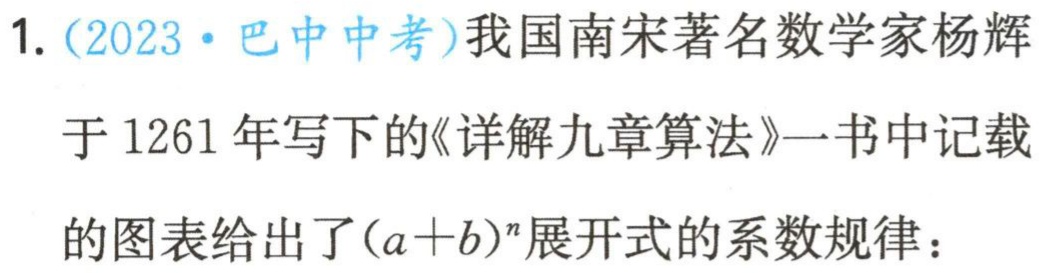
1. (2023·巴中中考)我国南宋著名数学家杨辉于1261年写下的《详解九章算法》一书中记载的图表给出了\((a + b)^n\)展开式的系数规律：